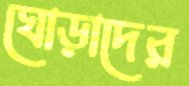
ঘোড়াদের